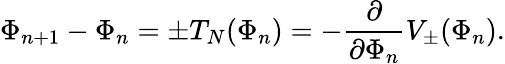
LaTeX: \Phi_{n+1}-\Phi_{n}=\pm T_{N}(\Phi_{n})=-\frac{\partial}{\partial\Phi_{n}}V_{\pm}(\Phi_{n}).